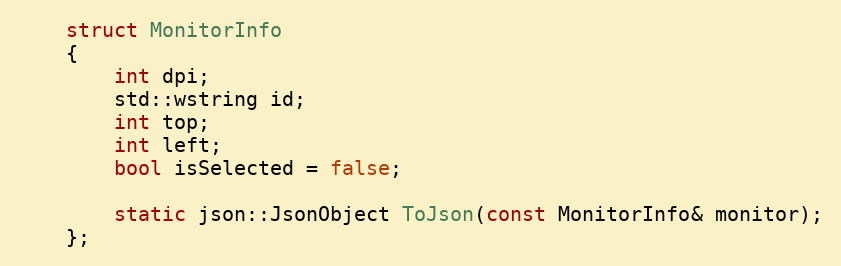
Language: C
    struct MonitorInfo
    {
        int dpi;
        std::wstring id;
        int top;
        int left;
        bool isSelected = false;

        static json::JsonObject ToJson(const MonitorInfo& monitor);
    };